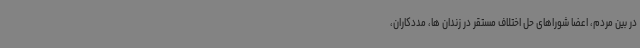
در بین مردم، اعضا شوراهای حل اختلاف مستقر در زندان ها، مددکاران،